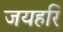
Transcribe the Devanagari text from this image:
जयहरि